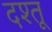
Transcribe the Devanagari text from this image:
दश्तू